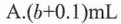
A. $$ ( b + 0.1 ) mL